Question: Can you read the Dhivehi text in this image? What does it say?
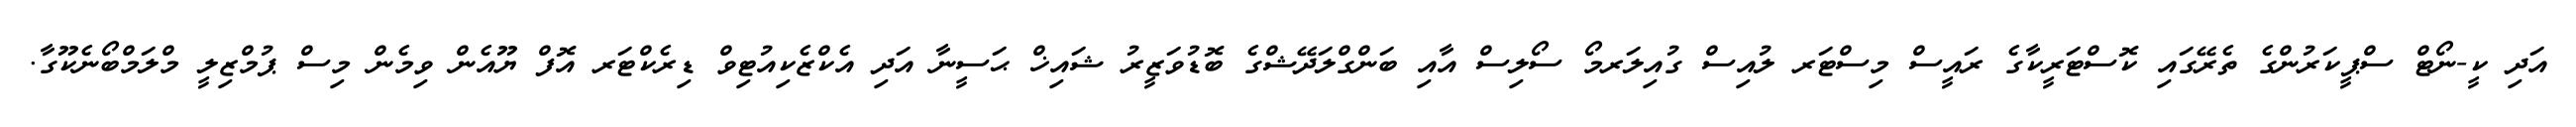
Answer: އަދި ކީ-ނޯޓް ސްޕީކަރުންގެ ތެރޭގައި ކޮސްޓަރީކާގެ ރައީސް މިސްޓަރ ލުއިސް ގުއިލަރމޯ ސޯލިސް އާއި ބަންގްލަދޭޝްގެ ބޮޑުވަޒީރު ޝައިޚް ޙަސީނާ އަދި އެކްޒެކިއުޓިވް ޑިރެކްޓަރ އޮފް ޔޫއެން ވިމެން މިސް ޕުމްޒިލީ މްލަމްބޯނެކޫގާ.